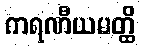
ကရဏီယမတ္ထိ